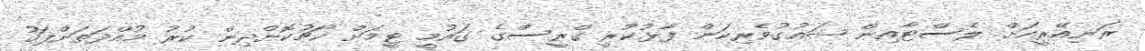
ރަނިއޭރީއަށް ލެސްޓާއިން ޝައުގުވެރިކަން ފާޅުކުރީ ގްރީސްގެ ގައުމީ ޓީމަށް ކޯޗުކޮށްދިން ކުރު މުއްދަތަށްފަހު